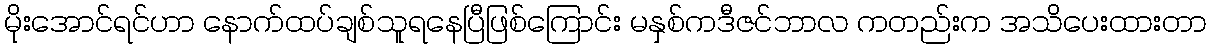
မိုးအောင်ရင်ဟာ နောက်ထပ်ချစ်သူရနေပြီဖြစ်ကြောင်း မနှစ်ကဒီဇင်ဘာလ ကတည်းက အသိပေးထားတာ